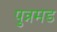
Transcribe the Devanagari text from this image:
पुन्नमड